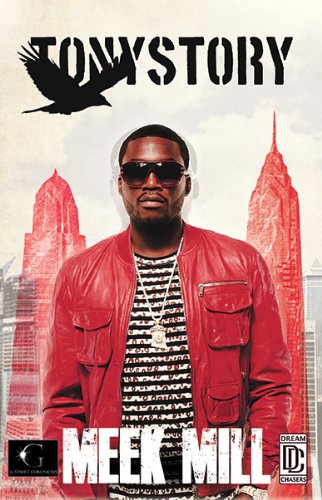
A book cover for Tony Story (G Street Chronicles Presents); Meek Mill; Literature & Fiction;